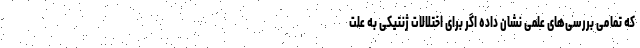
که تمامی بررسی‌های علمی نشان داده اگر برای اختلالات ژنتیکی به علت